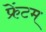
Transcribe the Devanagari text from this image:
फ्रेंटम